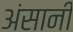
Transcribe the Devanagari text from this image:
अंसानी